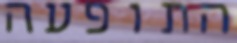
התופעה